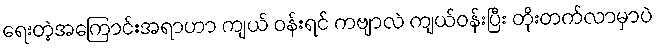
ရေးတဲ့အကြောင်းအရာဟာ ကျယ် ဝန်းရင် ကဗျာလဲ ကျယ်ဝန်းပြီး တိုးတက်လာမှာပဲ